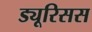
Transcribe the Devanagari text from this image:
ड्यूरिसस